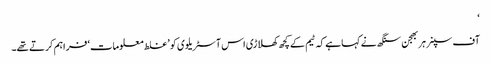
‘
آف سپنر ہربھجن سنگھ نے کہا ہے کہ ٹیم کے کچھ کھلاڑی اس آسٹریلوی کو ’غلط معلومات‘ فراہم کرتے تھے۔